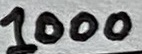
Text: 1000